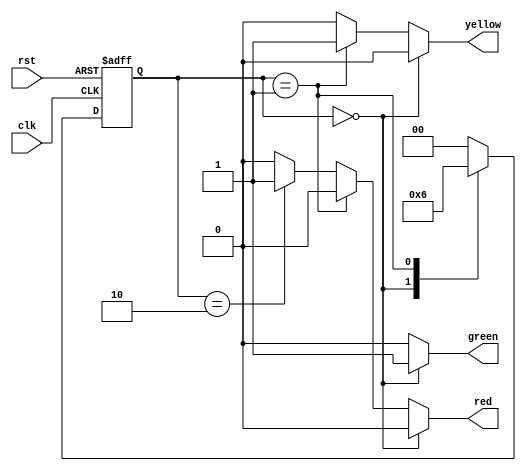
/////////////////////////////////////////////////////////////////////
// ---------------------- IVCAD 2020 Spring ---------------------- //
// ---------------------- Editor: Tseng Hsin-Yu (Sylvia) --------- //
// ---------------------- Version : v.1.00  ---------------------- //
// ---------------------- Date : 2020.01    ---------------------- //
// ---------------------- traffic_light  ------------------------- // 
/////////////////////////////////////////////////////////////////////
`define GREEN  2'd0
`define YELLOW 2'd1
`define RED    2'd2

module traffic_light(rst,clk,green,yellow,red);

input rst,clk;
output reg green,yellow,red;

reg [1:0] state,n_state;

always@(posedge rst or posedge clk)begin
  if(rst) state <= `GREEN;
  else state <= n_state;
end

always@(*)begin
   case(state)
      `GREEN: n_state = `YELLOW;
      `YELLOW: n_state = `RED;
      `RED: n_state = `GREEN;
      default: n_state = `GREEN;
   endcase
end

always@(*)begin
  if(state == `GREEN)begin
     green = 1'b1;
     yellow = 1'b0;
     red = 1'b0;
  end
  else if(state == `YELLOW)begin
     green = 1'b0;
     yellow = 1'b1;
     red = 1'b0;
  end
  else if(state == `RED)begin
     green = 1'b0;
     yellow = 1'b0;
     red = 1'b1;
  end
  else begin
     green = 1'b0;
     yellow = 1'b0;
     red = 1'b0;
  end
end


endmodule